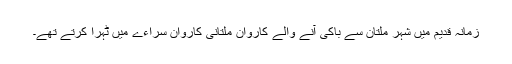
زمانہ قدیم میں شہر ملتان سے باکی آنے والے کاروان ملتانی کاروان سراءے میں ٹہرا کرتے تھے۔